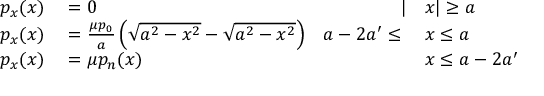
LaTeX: \begin{array} { r l r l } { p _ { x } ( x ) } & { { } = 0 } & { | } & { { } x | \geq a } \\ { p _ { x } ( x ) } & { { } = { \frac { \mu p _ { 0 } } { a } } \left( { \sqrt { a ^ { 2 } - x ^ { 2 } } } - { \sqrt { a ^ { 2 } - x ^ { 2 } } } \right) } & { a - 2 a ^ { \prime } \leq { } } & { { } x \leq a } \\ { p _ { x } ( x ) } & { { } = \mu p _ { n } ( x ) } & { } & { { } x \leq a - 2 a ^ { \prime } } \end{array}